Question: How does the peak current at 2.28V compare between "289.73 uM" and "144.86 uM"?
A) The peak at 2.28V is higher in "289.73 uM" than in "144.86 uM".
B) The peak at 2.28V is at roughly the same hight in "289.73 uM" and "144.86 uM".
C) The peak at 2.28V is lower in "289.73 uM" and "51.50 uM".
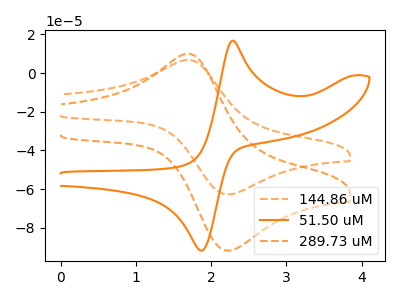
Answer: <think>The orange dashed curve "144.86 uM" has an anodic peak at (1.70V, 6.80uA) and a cathodic peak at (2.30V, -62.60uA). The orange curve "51.50 uM" has an anodic peak at (2.30V, 16.75uA) and a cathodic peak at (1.85V, -91.85uA). The orange dashed curve "289.73 uM" has an anodic peak at (1.70V, 9.95uA) and a cathodic peak at (2.30V, -91.65uA).</think>
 <answer>A) The peak at 2.28V is higher in "289.73 uM" than in "144.86 uM".</answer>
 <eval>A</eval>